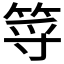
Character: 𥭐